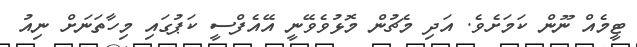
ޓީމެއް ނޫން ކަމަށެވެ. އަދި މެޗުން މޮޅުވެވޭނީ އޭއެފްސީ ކަޕުގައި މިހާތަނަށް ނިއު